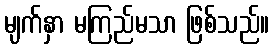
မျက်နှာ မကြည်မသာ ဖြစ်သည်။